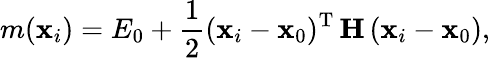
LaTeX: m(\mathbf{x}_{i})=E_{0}+\frac{1}{2}(\mathbf{x}_{i}-\mathbf{x}_{0})^{\mathrm{T}}\, \mathbf{H}\, (\mathbf{x}_{i}-\mathbf{x}_{0}),